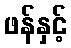
ဖန်နှင့်